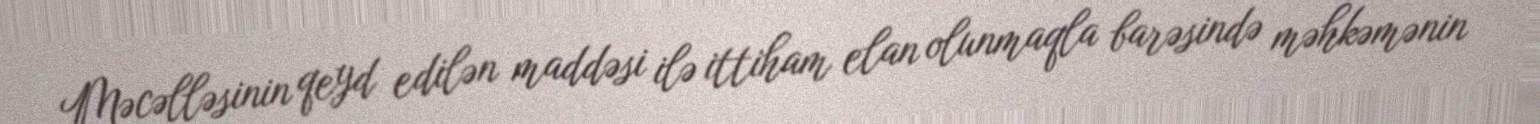
Məcəlləsinin qeyd edilən maddəsi ilə ittiham elan olunmaqla barəsində məhkəmənin